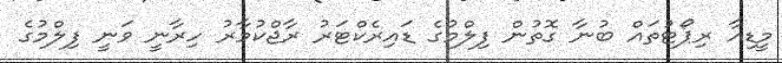
މީޑިއާ ރިޕޯޓުތައް ބުނާ ގޮތުން ފިލްމުގެ ޑައިރެކްޓަރު ރާޖްކުމާރު ހިރާނީ ވަނީ ފިލްމުގެ